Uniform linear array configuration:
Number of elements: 48
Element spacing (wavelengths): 0.5
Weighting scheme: cosine
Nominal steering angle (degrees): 60
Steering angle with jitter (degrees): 59.635
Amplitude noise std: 0.05
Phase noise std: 0.05

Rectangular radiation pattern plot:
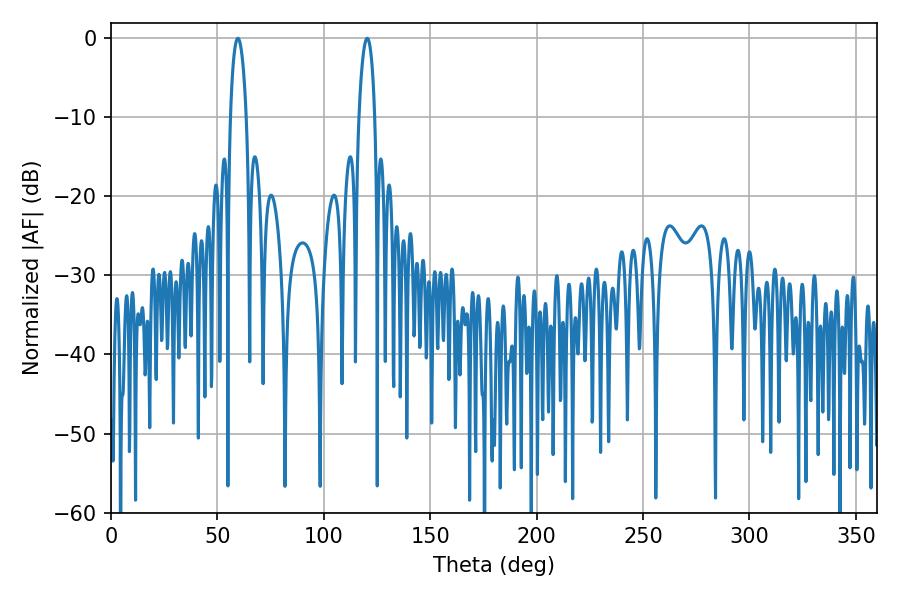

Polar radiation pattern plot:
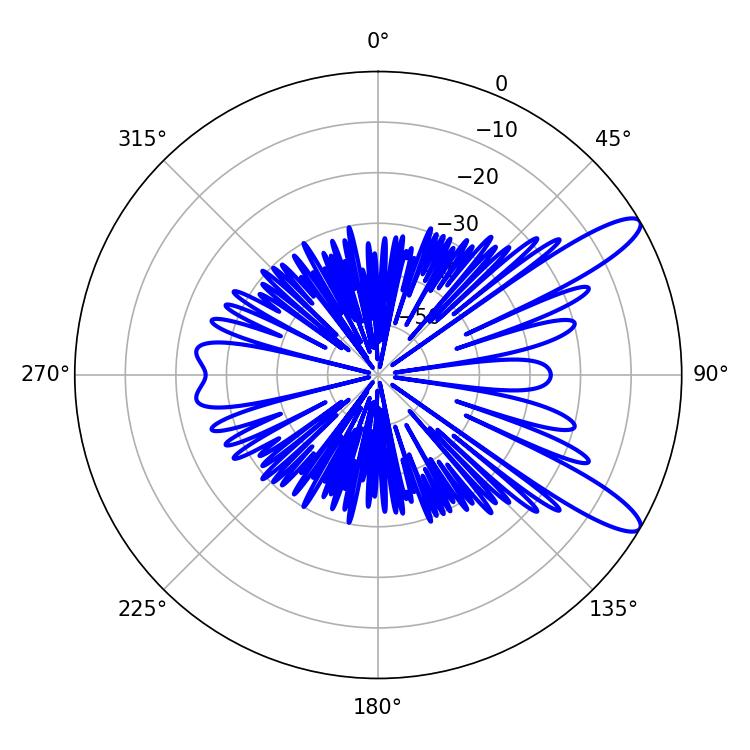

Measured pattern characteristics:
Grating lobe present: FALSE
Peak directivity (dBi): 11.516
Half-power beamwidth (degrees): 4.14
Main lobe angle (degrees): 59.58